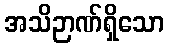
အသိဉာဏ်ရှိသော